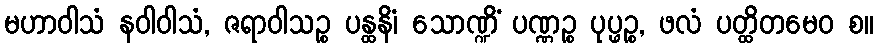
မဟာဝါသံ နဝါဝါသံ, ဇရာဝါသဉ္စ ပန္ထနိံ၊ သောဏ္ဍိံ ပဏ္ဏဉ္စ ပုပ္ဖဉ္စ, ဖလံ ပတ္ထိတမေဝ စ။